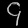
Digit: ၄